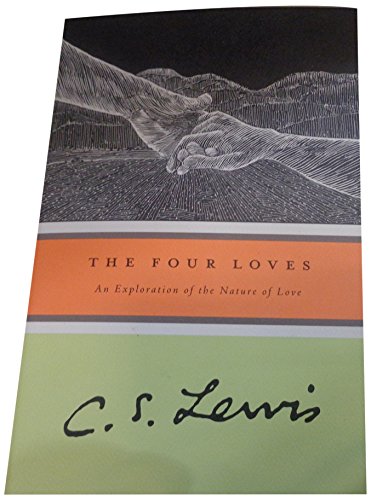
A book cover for The Four Loves; C. S. Lewis; Self-Help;